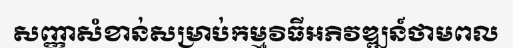
សញ្ញាសំខាន់សម្រាប់កម្មវិធីអភិវឌ្ឍន៍ថាមពល